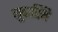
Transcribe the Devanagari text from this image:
गुदास्थि